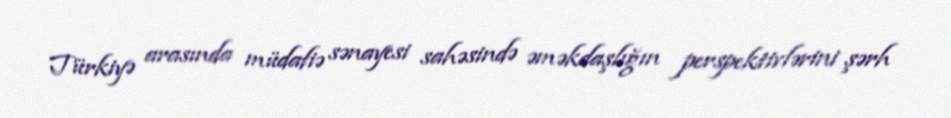
Türkiyə arasında müdafiə sənayesi sahəsində əməkdaşlığın perspektivlərini şərh